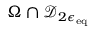
\Omega \cap \mathcal { D } _ { 2 \epsilon _ { \mathrm { e q } } }